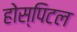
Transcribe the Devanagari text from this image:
होस्पिटल